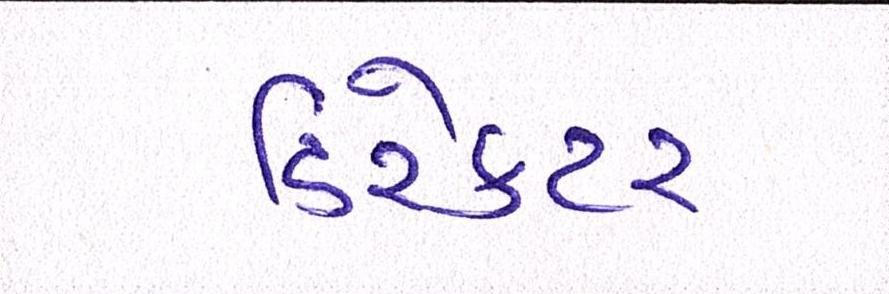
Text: ડિરેક્ટર